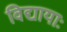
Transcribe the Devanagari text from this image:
विद्यायाः